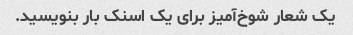
یک شعار شوخ‌آمیز برای یک اسنک بار بنویسید.